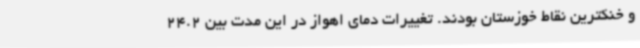
و خنکترین نقاط خوزستان بودند. تغییرات دمای اهواز در این مدت بین 24.2